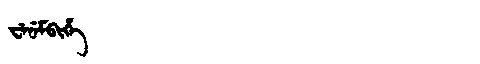
Manchu: ᠸᡝᠨᡝᠮᠪᡳᡥᡝ
Romanization: WENEMBIHE